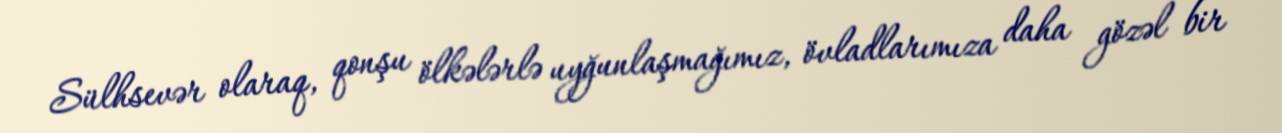
Sülhsevər olaraq, qonşu ölkələrlə uyğunlaşmağımız, övladlarımıza daha gözəl bir